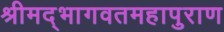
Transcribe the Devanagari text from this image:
श्रीमद्भागवतमहापुराण